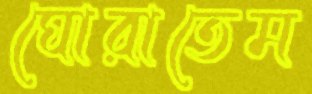
ঘোরাতেম